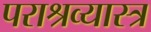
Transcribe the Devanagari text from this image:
पराश्रव्यास्त्र